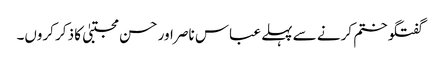
گفتگو ختم کرنے سے پہلے عباس ناصر اور حسن مجتبیٰ کا ذکر کروں۔